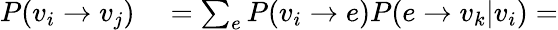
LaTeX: \begin{array}{rl}{P(v_{i}\rightarrow v_{j})}&{{}=\sum_{e}P(v_{i}\rightarrow e)P(e\rightarrow v_{k}|v_{i})=}\end{array}